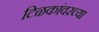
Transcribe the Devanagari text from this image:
टिळकांवरच्या